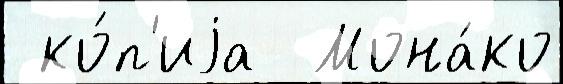
 ко́п'иjа  Мона́ко